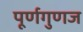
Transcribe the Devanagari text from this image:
पूर्णगुणज